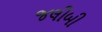
જલીબી